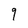
Character: 9